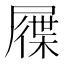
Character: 屧